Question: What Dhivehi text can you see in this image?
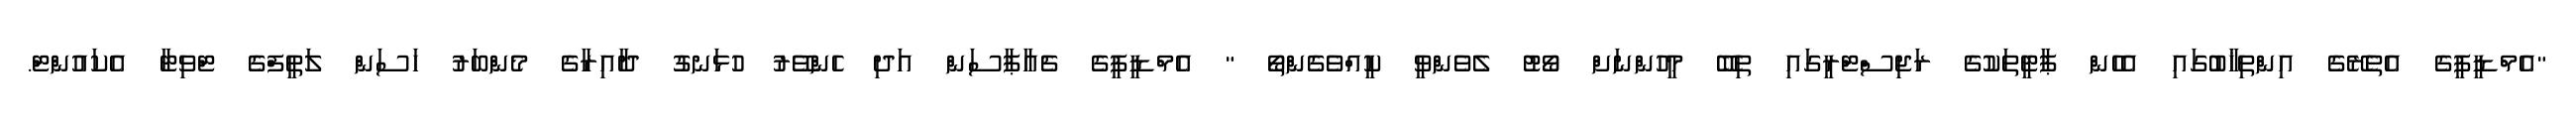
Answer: "އެމްޑީޕީގެ އެތެރޭގެ އިންތިޚާބުގައި އެހެން ޕާޓީތަކުގެ ރަޖިސްޓްރީގައި ތިބޭ މީހުންނަށް ވޯޓު ލެވެންވީ ކީއްވެގެންތޯ " އެމްޑީޕީގެ ޗެއާޕާސަން އަދި ހެންވޭރު ހުޅަނގު ދާއިރާގެ މެންބަރު ހަސަން ލަތީފްގެ ޓްވިޓާ އެކައުންޓް.